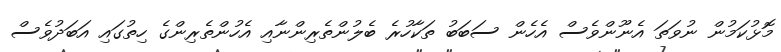
މޮޅުކަމުން ނުވަތަ އެނޫންވެސް އެހެން ސަބަބު ތަކާހުރެ ބެލުންތެރިންނާއި އެހުންތެރިންގެ ހިތުގައި އަބަދުވެސް